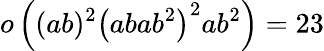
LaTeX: o\left((ab)^{2}\left(abab^{2}\right)^{2}ab^{2}\right)=23